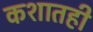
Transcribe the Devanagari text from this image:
कशातही